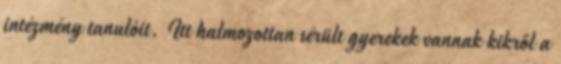
intézmény tanulóit. Itt halmozottan sérült gyerekek vannak kikről a